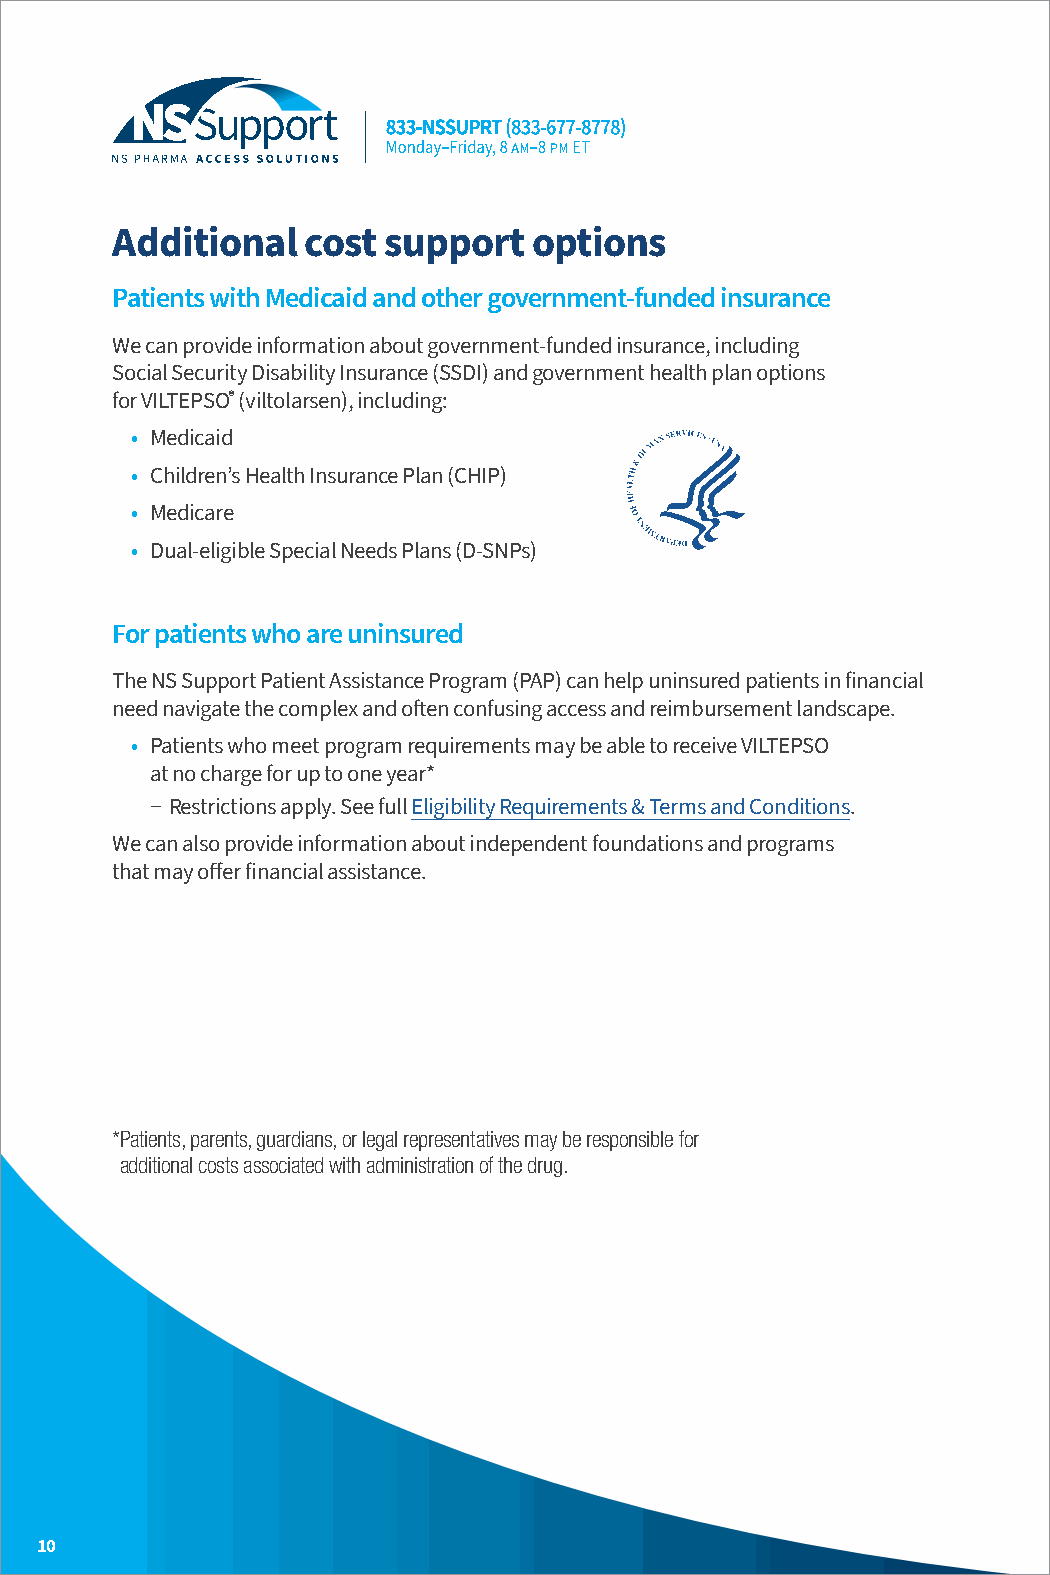
Additional   cost support   options
 Patients with Medicaid and other government-funded insurance
 We can provide information about government-funded insurance, including
 Social Security Disability Insurance (SSDI) and government health plan options
 for VILTEPSO® (viltolarsen), including:
 • Medicaid
 • Children’s Health Insurance Plan (CHIP)
 • Medicare
 • Dual-eligible Special Needs Plans (D-SNPs)
 For patients who are uninsured
 The NS Support Patient Assistance Program (PAP) can help uninsured patients in financial
 need navigate the complex and often confusing access and reimbursement landscape.
 • Patients who meet program requirements may be able to receive VILTEPSO
 at no charge for up to one year*
 − Restrictions apply. See full Eligibility Requirements & Terms and Conditions.
 We can also provide information about independent foundations and programs
 that may offer financial assistance.
 *P atients, parents, guardians, or legal representatives may be responsible for
 additional costs associated with administration of the drug.
 10